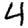
Digit: 4